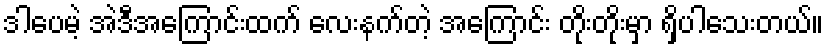
ဒါပေမဲ့ အဲဒီအကြောင်းထက် လေးနက်တဲ့ အကြောင်း တိုးတိုးမှာ ရှိပါသေးတယ်။